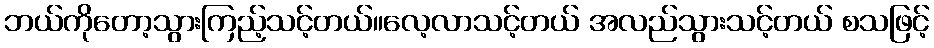
ဘယ်ကိုတော့သွားကြည့်သင့်တယ်။လေ့လာသင့်တယ် အလည်သွားသင့်တယ် စသဖြင့်